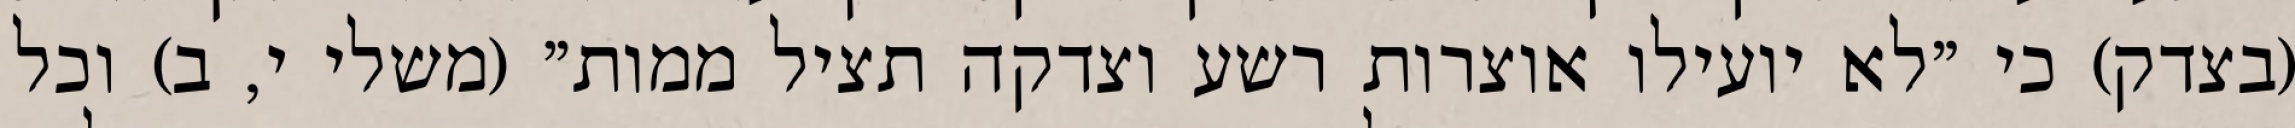
(בצדק) כי "לא יועילו אוצרות רשע וצדקה תציל ממות" (משלי י, ב) וכל